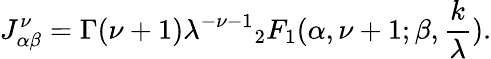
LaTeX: J_{\alpha\beta}^{\nu}=\Gamma(\nu+1)\lambda^{-\nu-1}{}_{2}F_{1}(\alpha,\nu+1;\beta,\frac{k}{\lambda}).